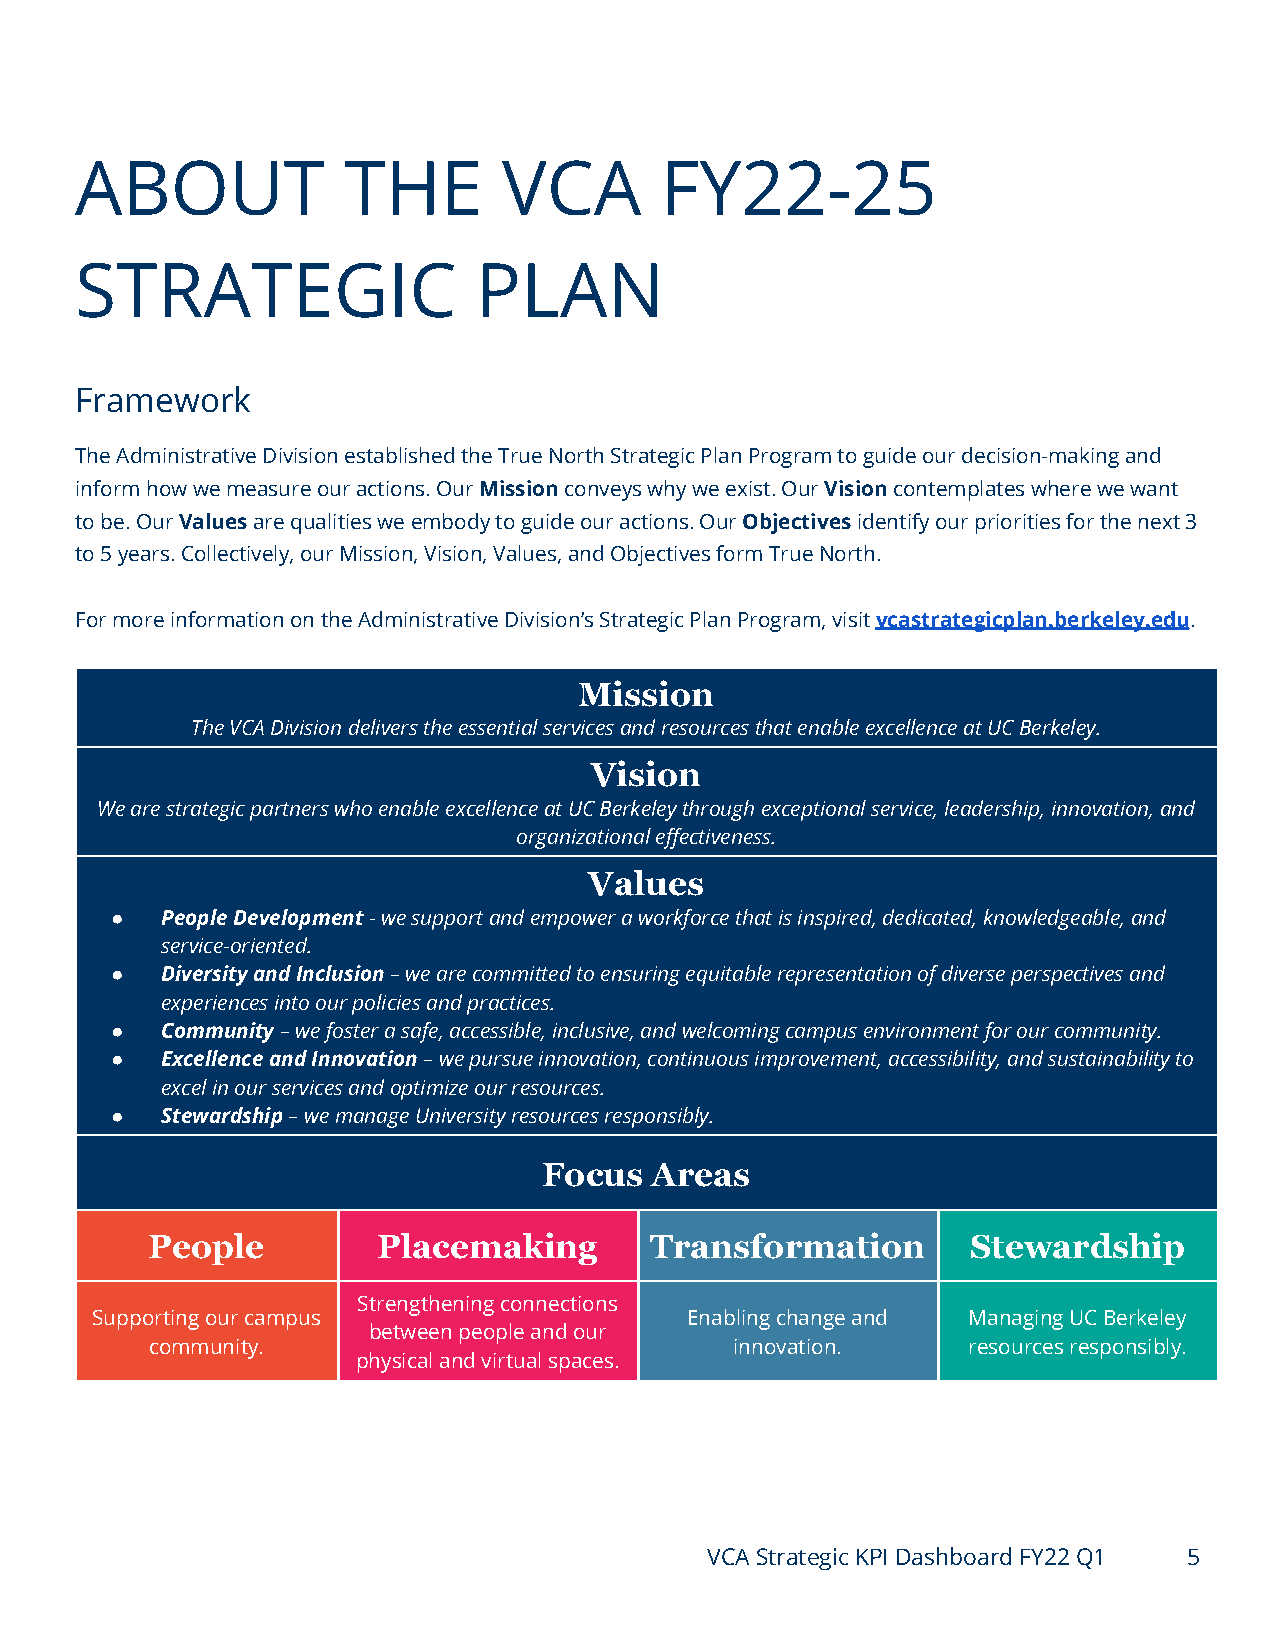
ABOUT             THE       VCA        FY22-25
 STRATEGIC                  PLAN
 Framework
 The Administrative Division established the True North Strategic Plan Program to guide our decision-making and
 inform how we measure our actions. OurMissionconveyswhy we exist. OurVisioncontemplates where we want
 to be. OurValuesare qualities we embody to guideour actions. OurObjectivesidentify our prioritiesfor the next 3
 to 5 years. Collectively, our Mission, Vision, Values, and Objectives form True North.
 For more information on the Administrative Division’s Strategic Plan Program, visitvcastrategicplan.berkeley.edu.
 Mission
 The VCA Division delivers the essential services and resources that enable excellence at UC Berkeley.
 Vision
 We are strategic partners who enable excellence at UC Berkeley through exceptional service, leadership, innovation, and
 organizational effectiveness.
 Values
 ●   People Development- we support and empower a workforcethat is inspired, dedicated, knowledgeable, and
 service-oriented.
 ●   Diversity and Inclusion– we are committed to ensuringequitable representation of diverse perspectives and
 experiences into our policies and practices.
 ●   Community– we foster a safe, accessible, inclusive,and welcoming campus environment for our community.
 ●   Excellence and Innovation– we pursue innovation,continuous improvement, accessibility, and sustainability to
 excel in our services and optimize our resources.
 ●   Stewardship– we manage University resources responsibly.
 Focus  Areas
 People         Placemaking       Transformation       Stewardship
 Strengthening connections
 Supporting our campus                  Enabling change and Managing UC Berkeley
 between people and our
 community.                             innovation.    resources responsibly.
 physical and virtual spaces.
 VCA Strategic KPI Dashboard FY22 Q1 5